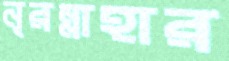
নূরন্নাহার